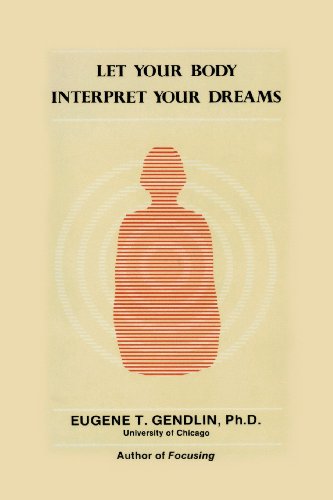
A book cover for Let Your Body Interpret Your Dreams; Eugene T. Gendlin; Self-Help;